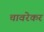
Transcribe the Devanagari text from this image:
चावरेकर